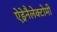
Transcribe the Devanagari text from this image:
ऐड्रेनैलेक्टोमी